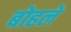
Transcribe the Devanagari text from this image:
बोहले